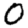
Digit: 0